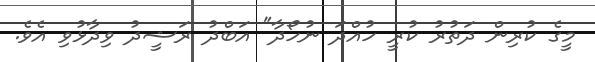
މީގެ ކުރިން ދަތުރު ކުރީ ހުއްދަ ނުހޯދާ" އަބްދު ރަޝީދު ވިދާޅުވި އެވެ.